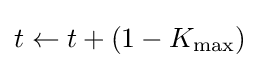
t\leftarrow t+(1-K_{\max })